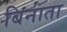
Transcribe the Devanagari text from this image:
बिनाता